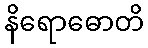
နိရောဓောတိ